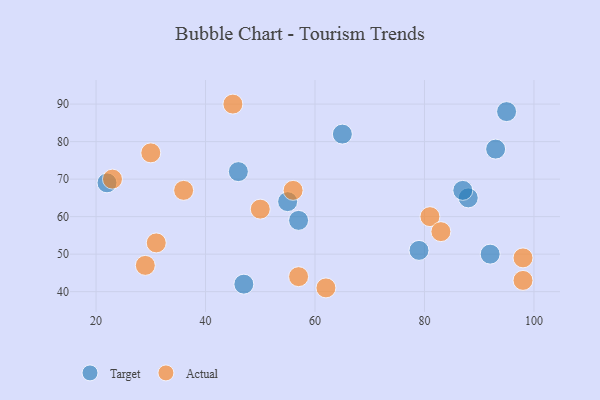
{"axis": {"x": "GDP", "y": "Life Expectancy"}, "legend": ["Actual", "Target"], "data": [{"x": "79", "y": 51, "type": "Target"}, {"x": "57", "y": 59, "type": "Target"}, {"x": "22", "y": 69, "type": "Target"}, {"x": "65", "y": 82, "type": "Target"}, {"x": "46", "y": 72, "type": "Target"}, {"x": "88", "y": 65, "type": "Target"}, {"x": "55", "y": 64, "type": "Target"}, {"x": "47", "y": 42, "type": "Target"}, {"x": "93", "y": 78, "type": "Target"}, {"x": "87", "y": 67, "type": "Target"}, {"x": "92", "y": 50, "type": "Target"}, {"x": "95", "y": 88, "type": "Target"}, {"x": "98", "y": 49, "type": "Actual"}, {"x": "56", "y": 67, "type": "Actual"}, {"x": "98", "y": 43, "type": "Actual"}, {"x": "62", "y": 41, "type": "Actual"}, {"x": "29", "y": 47, "type": "Actual"}, {"x": "36", "y": 67, "type": "Actual"}, {"x": "31", "y": 53, "type": "Actual"}, {"x": "23", "y": 70, "type": "Actual"}, {"x": "50", "y": 62, "type": "Actual"}, {"x": "81", "y": 60, "type": "Actual"}, {"x": "30", "y": 77, "type": "Actual"}, {"x": "45", "y": 90, "type": "Actual"}, {"x": "83", "y": 56, "type": "Actual"}, {"x": "57", "y": 44, "type": "Actual"}]}